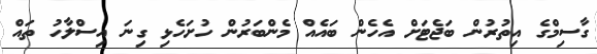
ގާސިމްގެ އިތުރުން ބަޖެޓަށް އެހެން ބައެއް މެންބަރުން ހުށަހެޅި ގިނަ އިސްލާހު ތައް